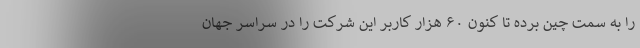
را به سمت چین برده تا کنون ۶۰ هزار کاربر این شرکت را در سراسر جهان